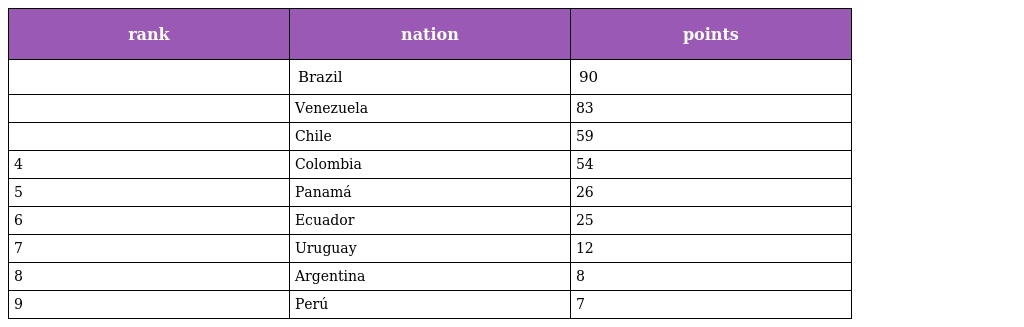
| rank | nation | points |
 | --- | --- | --- |
 |  | Brazil | 90 |
 |  | Venezuela | 83 |
 |  | Chile | 59 |
 | 4 | Colombia | 54 |
 | 5 | Panamá | 26 |
 | 6 | Ecuador | 25 |
 | 7 | Uruguay | 12 |
 | 8 | Argentina | 8 |
 | 9 | Perú | 7 |